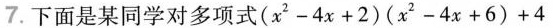
7.下面是某同学对多项式$$( x ^ { 2 } - 4 x + 2 ) ( x ^ { 2 } - 4 x + 6 ) + 4$$